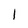
Character: l